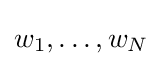
w_{1},\ldots ,w_{N}